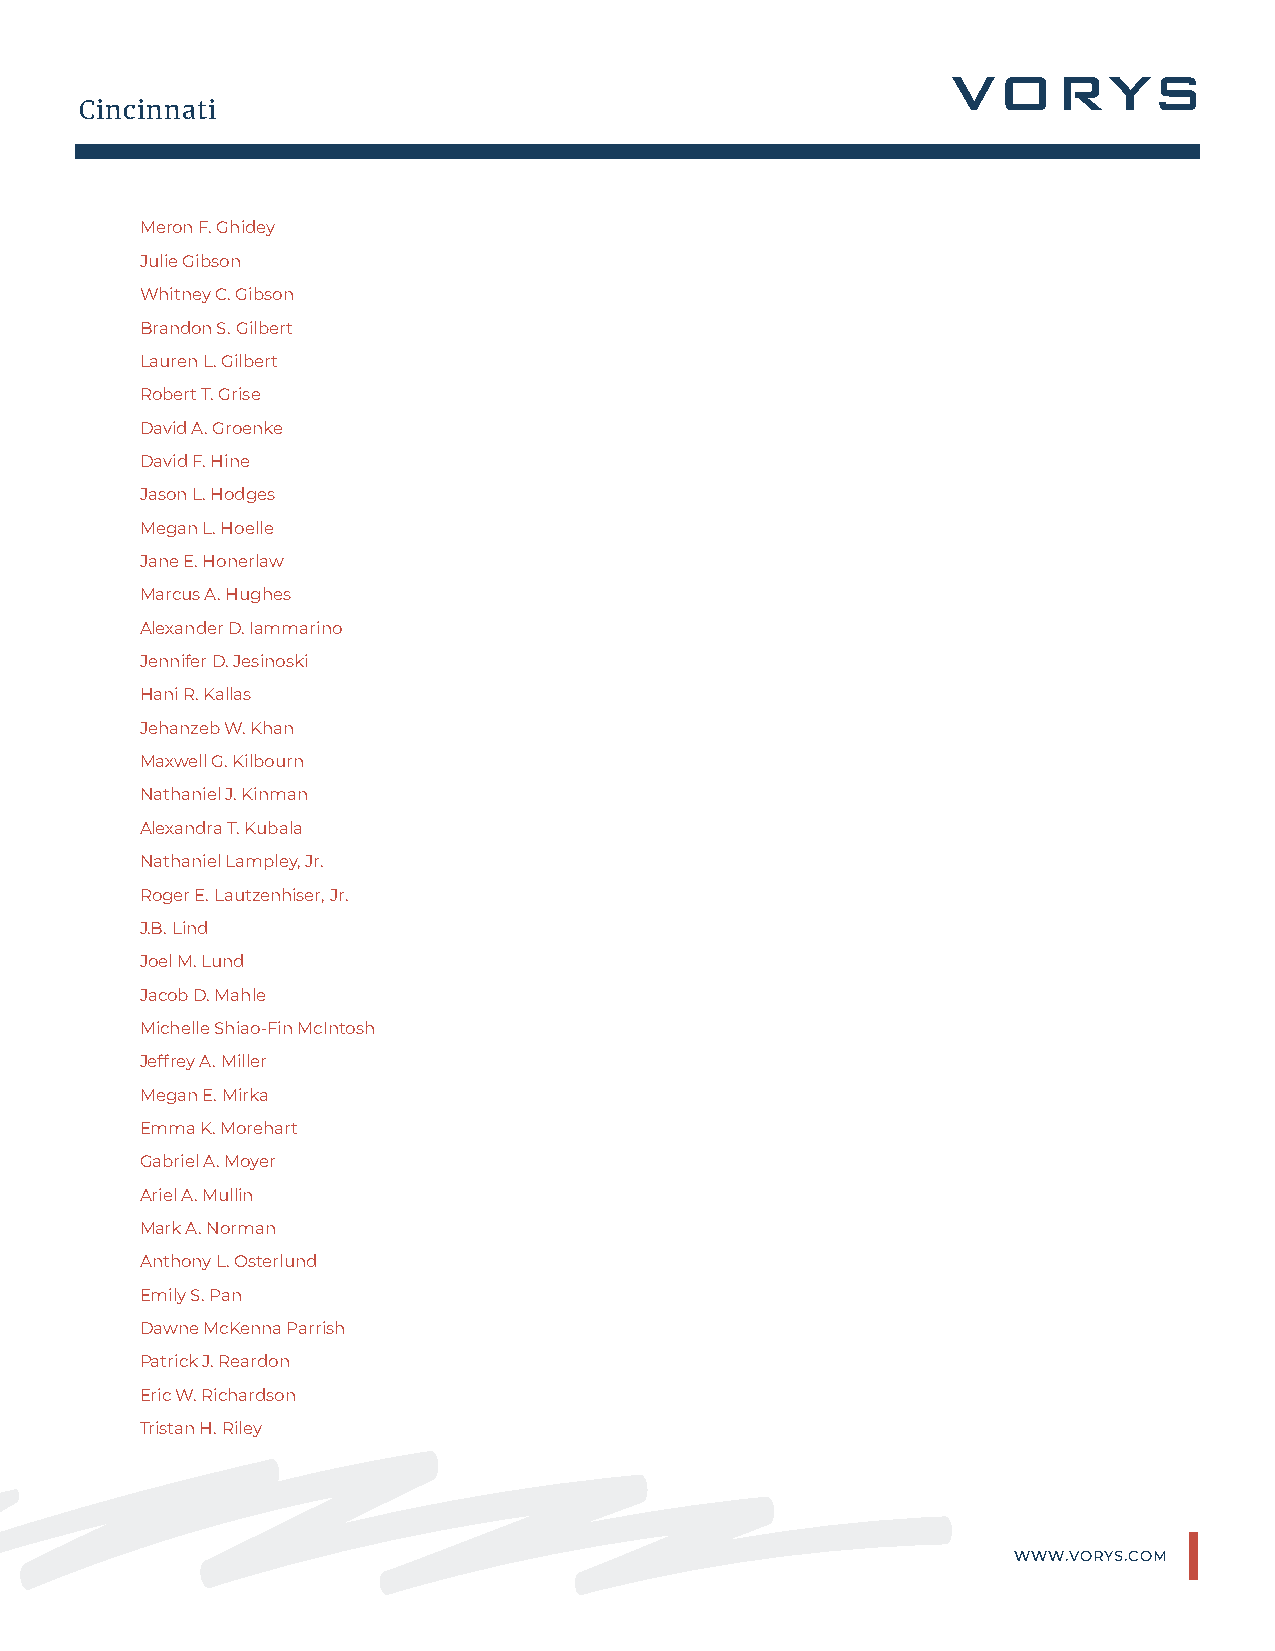
Cincinnati
 Meron F. Ghidey
 Julie Gibson
 Whitney C. Gibson
 Brandon S. Gilbert
 Lauren L. Gilbert
 Robert T. Grise
 David A. Groenke
 David F. Hine
 Jason L. Hodges
 Megan L. Hoelle
 Jane E. Honerlaw
 Marcus A. Hughes
 Alexander D. Iammarino
 Jennifer D. Jesinoski
 Hani R. Kallas
 Jehanzeb W. Khan
 Maxwell G. Kilbourn
 Nathaniel J. Kinman
 Alexandra T. Kubala
 Nathaniel Lampley, Jr.
 Roger E. Lautzenhiser, Jr.
 J.B. Lind
 Joel M. Lund
 Jacob D. Mahle
 Michelle Shiao-Fin McIntosh
 Jeffrey A. Miller
 Megan E. Mirka
 Emma K. Morehart
 Gabriel A. Moyer
 Ariel A. Mullin
 Mark A. Norman
 Anthony L. Osterlund
 Emily S. Pan
 Dawne McKenna Parrish
 Patrick J. Reardon
 Eric W. Richardson
 Tristan H. Riley
 WWW.VORYS.COM